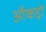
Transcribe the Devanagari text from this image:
ऑकड़ों